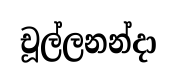
චූල්ලනන්දා